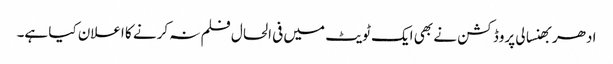
ادھر بھنسالی پروڈکشن نے بھی ایک ٹویٹ میں فی الحال فلم نہ کرنے کا اعلان کیا ہے۔